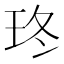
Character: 𤤮